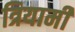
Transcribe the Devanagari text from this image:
त्रियामी